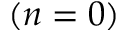
( n = 0 )